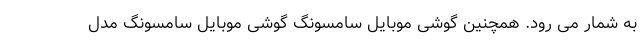
به شمار می رود. همچنین گوشی موبایل سامسونگ گوشی موبایل سامسونگ مدل